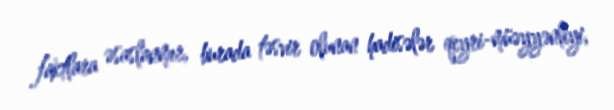
faktlara əsaslanmır, burada təsvir olunan hadisələr qeyri-müəyyənliyi,